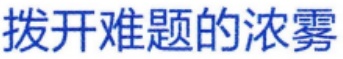
拨开难题的浓雾